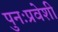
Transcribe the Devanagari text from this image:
पुनःप्रवेशी